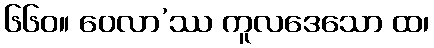
၆၆၀။ ဝေလာ’ဿ ကူလဒေသော ထ၊